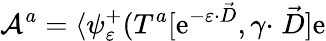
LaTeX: {\cal A}^{a}=\langle\psi_{\varepsilon}^{+}(T^{a}[\mathrm{e}^{-\varepsilon\cdot\stackrel{\rightarrow}{D}},\gamma\cdot\stackrel{\rightarrow}{D}]\mathrm{e}